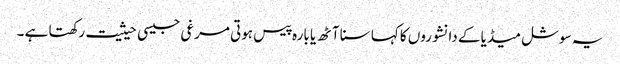
یہ سوشل میڈیا کے دانشوروں کا کہا سنا آٹھ یا بارہ پیس ہوتی مرغی جیسی حیثیت رکھتا ہے ۔